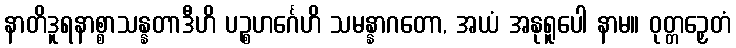
နာတိဒူရနာစ္စာသန္နတာဒီဟိ ပဉ္စဟင်္ဂေဟိ သမန္နာဂတော, အယံ အနုရူပေါ နာမ။ ဝုတ္တဉှေတံ